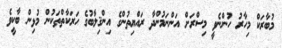
މުބާރަކް މިހާރު ހުންނެވީ މިސްރަށް އަންނަމުންދާ ރައްޔިތުންގެ އިންޤިލާބުގެ ހަރަކާތްތަކުން މުޅިން ބާކީވެ